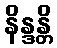
နိန္ဒန္တိ